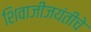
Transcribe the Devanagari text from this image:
शिवाजीजयंतीचे